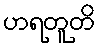
ဟရတူတိ